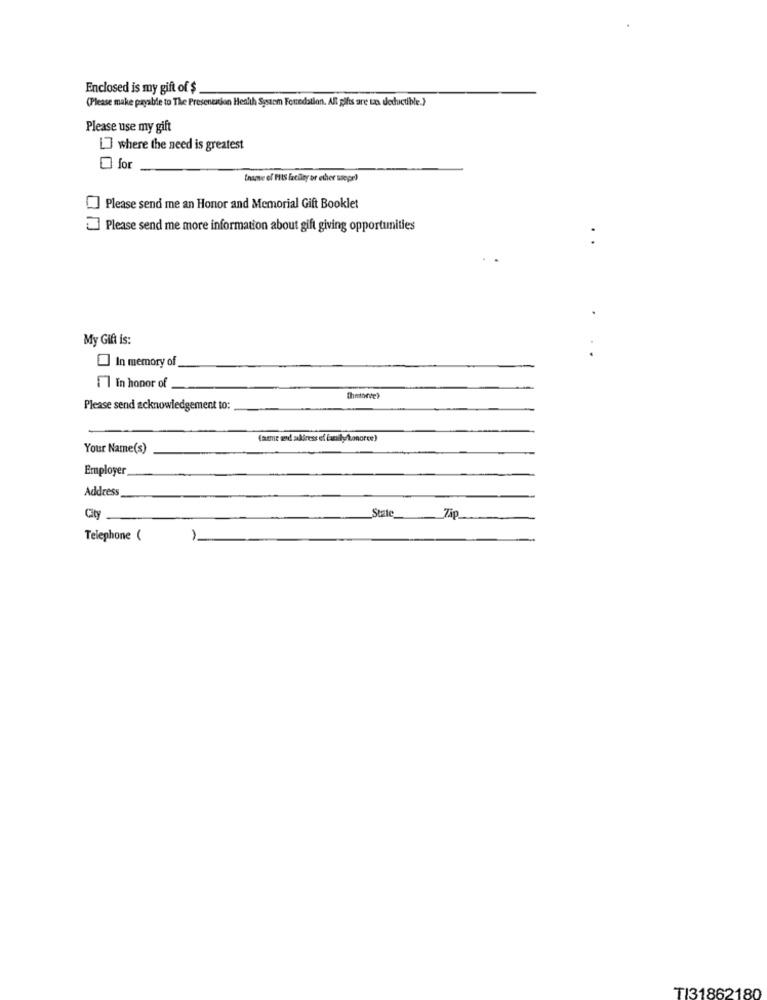
Enclosed is my gift of $
(Please make payable to The Presentation Health System Fontedation. Alt gifts are tz deductible.}
Please use my gift
[] where the need is greatest
for
tname of PIIS facility or other usepr)
Please send me an Honor and Memorial Gift Booklet
Please send me more information about gift giving opportunities
My Gift is:
In memory of
11 in honor of
Please send acknowledgement to:
(arme and aliress ef Easily konoree)
Your Name(s)
Employer
Address
State_
City
Zip
Telephone (
TI31862180